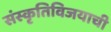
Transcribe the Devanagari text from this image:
संस्कृतिविजयाची